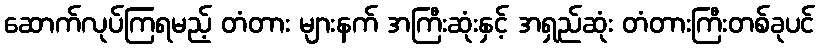
ဆောက်လုပ်ကြရမည့် တံတား များနက် အကြီးဆုံးနှင့် အရှည်ဆုံး တံတားကြီးတစ်ခုပင်